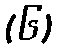
(၆)